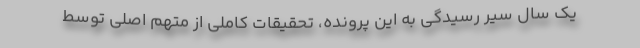
یک سال سیر رسیدگی به این پرونده، تحقیقات کاملی از متهم اصلی توسط